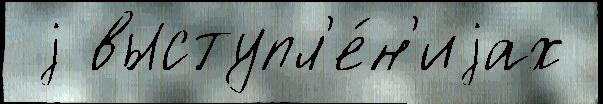
 j выступл'е́н'иjах